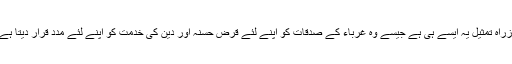
ازراهِ تمثیل یہ ایسے ہی ہے جیسے وہ غرباء کے صدقات کو اپنے لئے قرضِ حسنہ اور دین کی خدمت کو اپنے لئے مدد قرار دیتا ہے۔